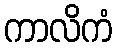
ကာလိကံ